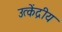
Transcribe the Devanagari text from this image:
उत्केंद्रीय